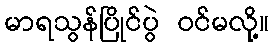
မာရသွန်ပြိုင်ပွဲ ဝင်မလို့။